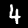
Label: 4